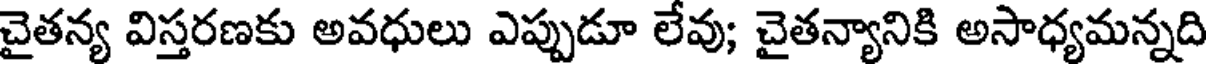
చైతన్య విస్తరణకు అవధులు ఎప్పుడూ లేవు; చైతన్యానికి అసాధ్యమన్నది